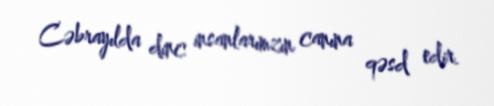
Cəbrayılda dinc insanlarımzın canına qəsd edir.